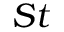
S t